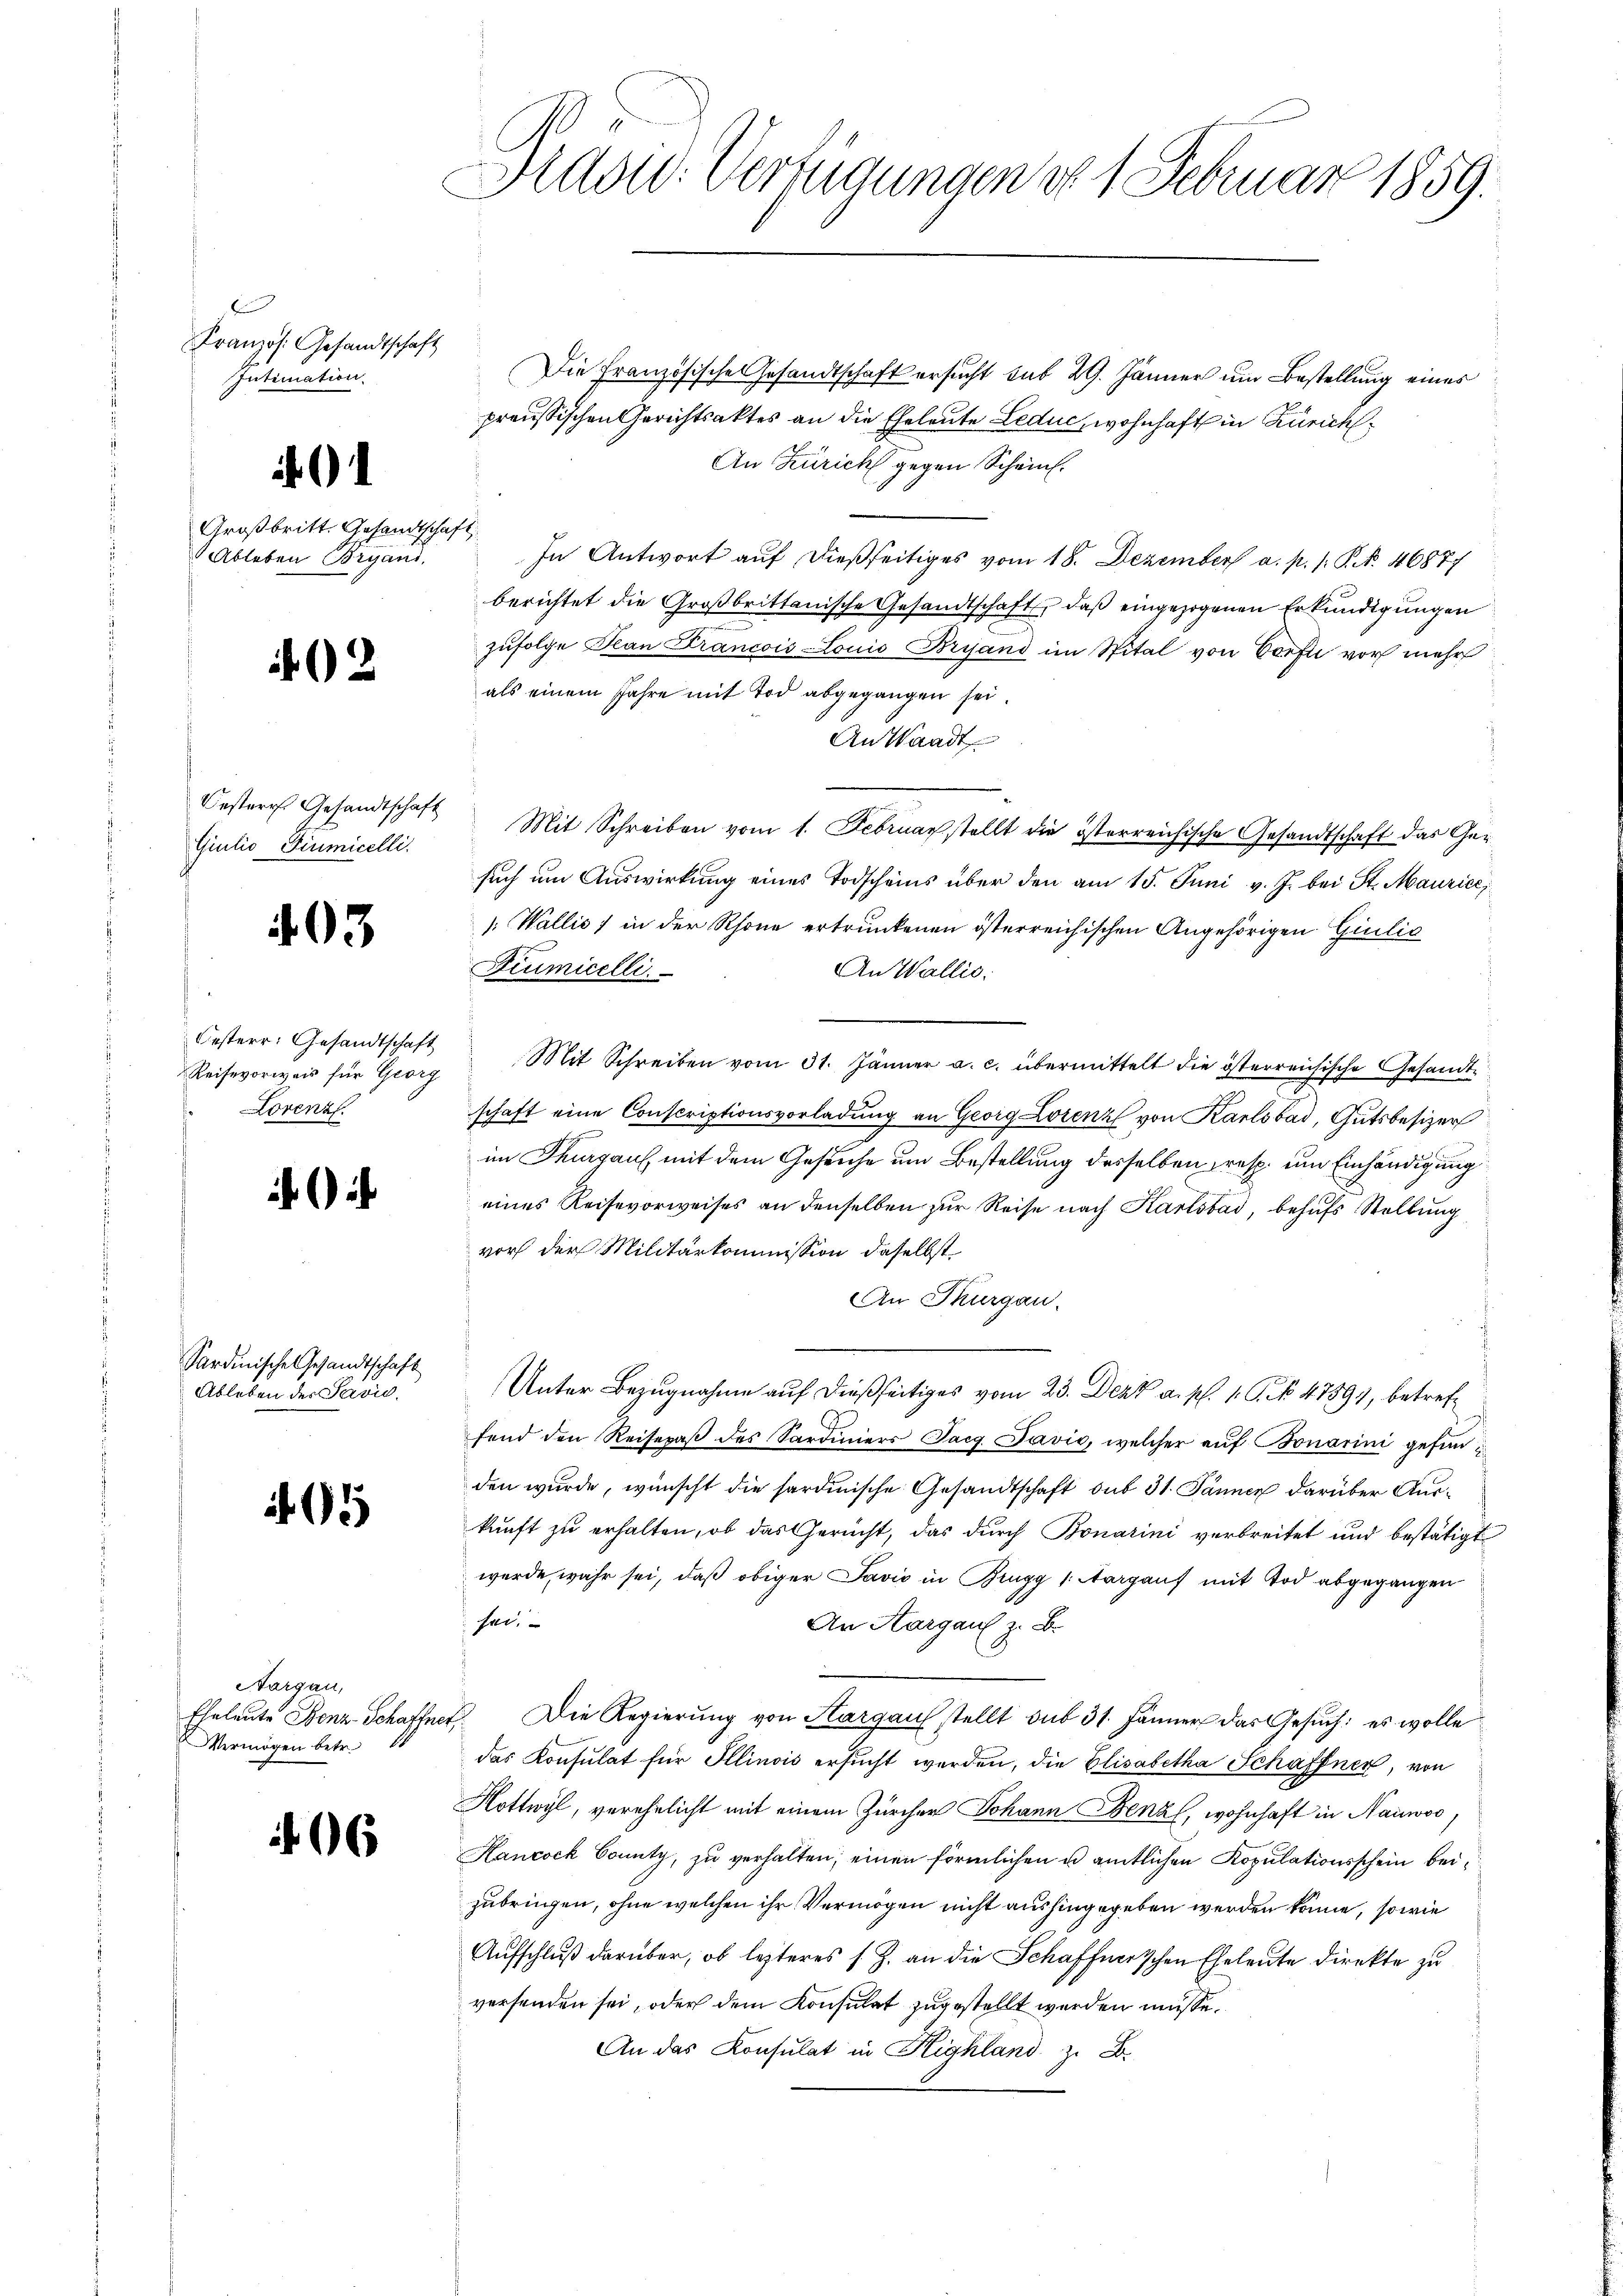
Französ. Gesandtschaft
Intimation

.

Großbritt. Gesandtsche
Ableben Bryand.

02

Oester Gesandtschaft
Giulio Giumicelli.

403

Oesterr. Gesandtschaft
Reisevorweis für Georg
Lorenz.

Sardinische Gesandtschaft
Ableben des Savić

5

Aargau,
Eheleute Bonz Schaffne
Vermögen betr.

6

Mad: Verfügungen d. 1. Februar 1859.

Die Französische Gesandtschaft ersucht sub 29. Jänner um Bestellung eines
preußischen Gerichtsaktes an die Eheleute Leduc, wohnhaft in Zürich¬
An Zürich gegen Schein.
E
In Antwort auf dießseitiges vom 18. Dezember a. p. /: P. Nr. 46877
berichtet die Großbrittanische Gesandtschaft, daß eingezogenen Erkundigungen
zufolge Plan Francois-Lonio Bruand im Spital von Confli vor mehr
als einem Jahre mit Tod abgegangen sei.
An Waadt.
Mit Schreiben vom 1. Februar stellt die österreichische Gesandtschaft das Gesuch um Auswirkung eines Todscheins über den am 15. Juni v. J. bei St. Maurice,
: Wallis) in der Rhone ertrunkenen österreichischen Angehörigen Giulić
Fiumicelli
An Wallis.
Mit Schreiben vom 31. Jänner a. c. übermittelt die österreichische Gesandte
schaft eine Conscriptionsvorladung an Georg Lorenz von Karlsbad, Gutsbesizer
im Thurgaus, mit dem Gesuche um Bestellung desselben resp. um Einhändigung
eines Reisevorweises an denselben zur Reise nach Karlsbad, behufs Stellung
vor der Militärkommission daselbst.
An Thurgau.
Unter Bezugnahme auf dießseitiges vom 23. Dezz a. p. 1. S. 47891, betreffend den Reisepaβ des Sardiniers Tag. Pavić, welcher aŭf Bonarini gefunden wurde, wünscht die sardinische Gesandtschaft sub 31. Jänner darüber Auskunft zu erhalten, ob das Gericht, das durch Bonarini verbreitet und bestätigt
wurde, wahr sei, daß obiger Javić in Brugg /: Aargauf mit Tod abgegangen
sei.
An Aargau z. B.
E. Die Regierung von Hargau stellt sub 31. Jänner das Gesuch: es wolle
das Konsulat für Illinois ersucht werden, die Elisabetha Schaffner, von
Hottwyl, verehelicht mit einem Zürcher Johann Benz, wohnhaft in Nauwoo,
Hancock County, zu verhalten; einen förmlichen u amtlichen Kopulationsschein beizubringen, ohne welchen ihr Vermögen nicht aushingegeben werden könne, sowie
Aufschluß darüber, ob lezteres s. Z. an die Schaffnerischen Eheleute direkte zu
verfenden sei, oder dem Konsulat zugestellt werden müsse.
An das Konsulat in Highland z. B.